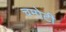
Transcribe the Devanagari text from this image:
चमोटी